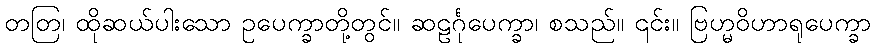
တတြ၊ ထိုဆယ်ပါးသော ဥပေက္ခာတို့တွင်။ ဆဠင်္ဂုပေက္ခာ၊ စသည်။ ၎င်း။ ဗြဟ္မဝိဟာရုပေက္ခာ